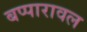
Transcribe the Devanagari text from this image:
बप्पारावल